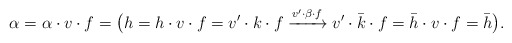
\begin{align*} \alpha=\alpha\cdot{}v\cdot{}f=\big( h=h\cdot{}v\cdot{}f=v'\cdot{}k\cdot{}f\xrightarrow{v'\cdot{}\beta\cdot{}f}v'\cdot{}\bar k\cdot{}f = \bar h\cdot{}v\cdot{}f=\bar h \big).\end{align*}